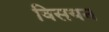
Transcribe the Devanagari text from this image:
विसयन